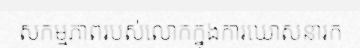
សកម្មភាពរបស់លោកក្នុងការឃោសនារក